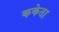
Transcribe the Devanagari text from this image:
ककेता